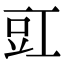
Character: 豇